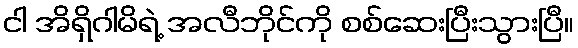
ငါ အိရှိဂါမိရဲ့ အလီဘိုင်ကို စစ်ဆေးပြီးသွားပြီ။